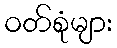
ဝတ်စုံများ